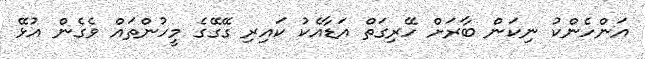
އަންހެންކު ނިކަން ބާރަށް ހޭރިގަތް އަޑާއެކު ކައިރި ގޭގޭގެ މީހުންތައް ވެގެން އުޅޭ